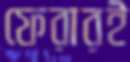
ফেরারই